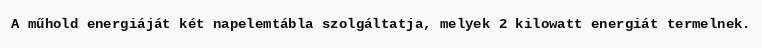
A műhold energiáját két napelemtábla szolgáltatja, melyek 2 kilowatt energiát termelnek.